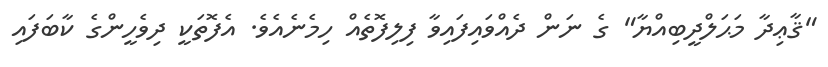
"ޤާޢިދާ މަޙަލްދީބިއްޔާ" ގެ ނަން ދެއްވައިފައިވާ ފިލިފޮތެއް ހިމެނެއެވެ. އެފޮތަކީ ދިވެހީންގެ ކާބަފައި